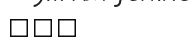
٢٣١